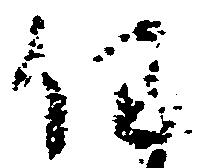
任